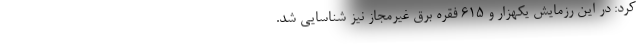
کرد: در این رزمایش یکهزار و ۶۱۵ فقره برق غیرمجاز نیز شناسایی شد.